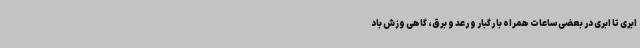
ابری تا ابری در بعضی ساعات همراه با رگبار و رعد و برق، گاهی وزش باد